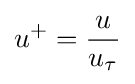
u^{+}={\frac {u}{u_{\tau }}}